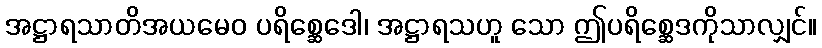
အဋ္ဌာရသာတိအယမေဝ ပရိစ္ဆေဒေါ၊ အဋ္ဌာရသဟူ သော ဤပရိစ္ဆေဒကိုသာလျှင်။